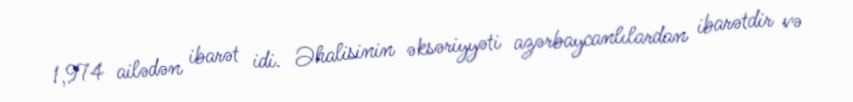
1,974 ailədən ibarət idi. Əhalisinin əksəriyyəti azərbaycanlılardan ibarətdir və